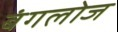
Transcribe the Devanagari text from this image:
बंगलोज